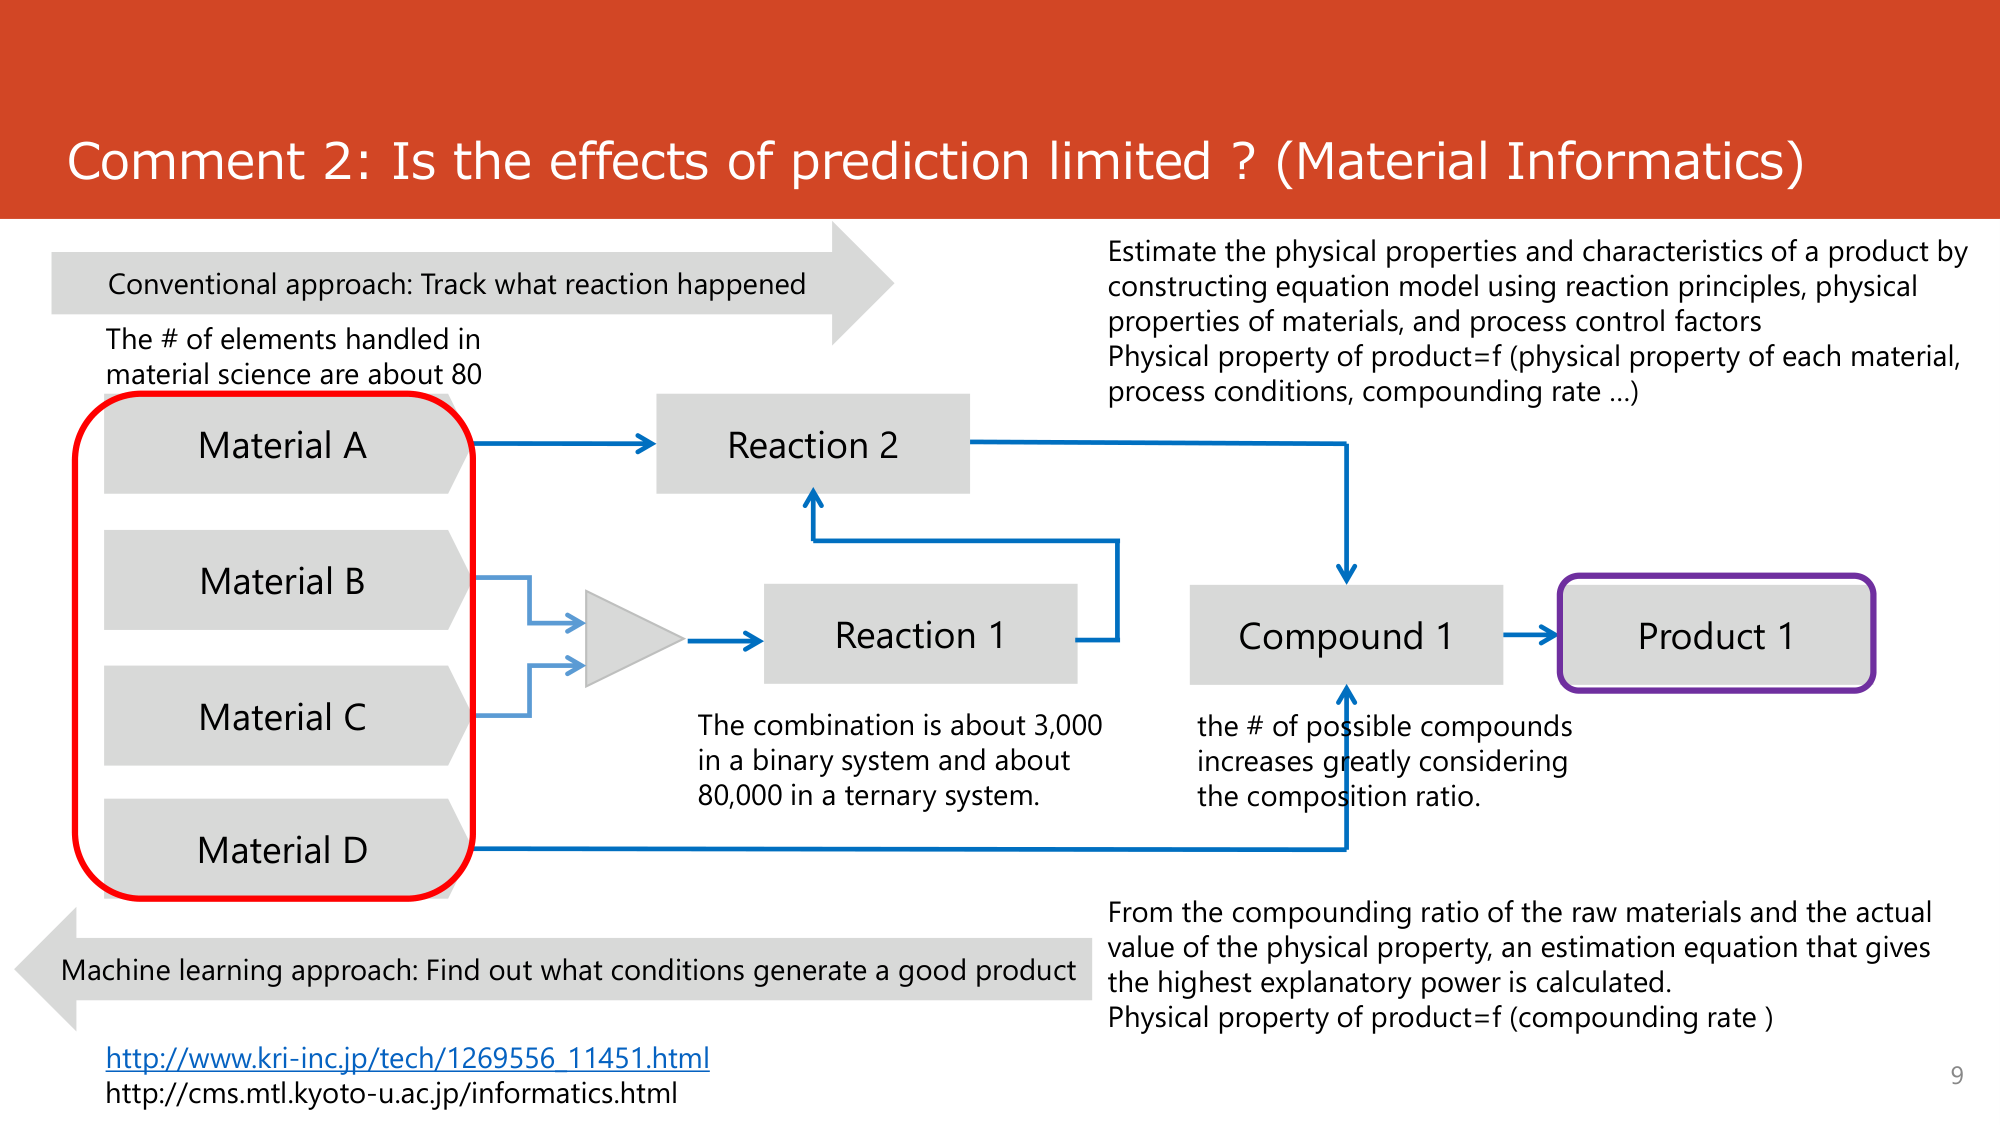
Comment 2: Is the effects of prediction limited? (Material Informatics)

Conventional approach: Track what reaction happened
The # of elements handled in material science are about 80

Material A
Material B
Material C
Material D

Reaction 2
Reaction 1

The combination is about 3,000 in a binary system and about 80,000 in a ternary system.

Compound 1
Product 1

the # of possible compounds increases greatly considering the composition ratio.

Estimate the physical properties and characteristics of a product by constructing equation model using reaction principles, physical properties of materials, and process control factors
Physical property of product=f (physical property of each material, process conditions, compounding rate...)

From the compounding ratio of the raw materials and the actual value of the physical property, an estimation equation that gives the highest explanatory power is calculated.
Physical property of product=f (compounding rate )

Machine learning approach: Find out what conditions generate a good product

http://www.kri-inc.jp/tech/1269556_11451.html
http://cms.mtl.kyoto-u.ac.jp/informatics.html

9